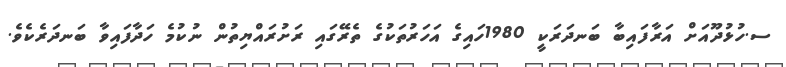
ސ.ހުޅުދޫއަށް އަރާފައިބާ ބަނދަރަކީ 1980ހައިގެ އަހަރުތަކުގެ ތެރޭގައި ރަށުރައްޔިތުން ނުކުމެ ހަދާފައިވާ ބަނދަރެކެވެ.